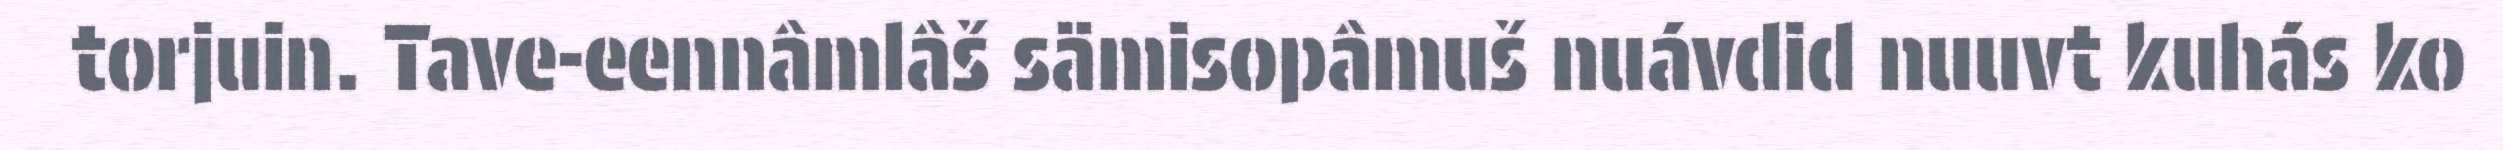
torjuin. Tave-eennâmlâš sämisopâmuš nuávdid nuuvt kuhás ko